Annual report on the working of the mental hospitals in the Madras Presidency - 1912-1932
Year: 1912
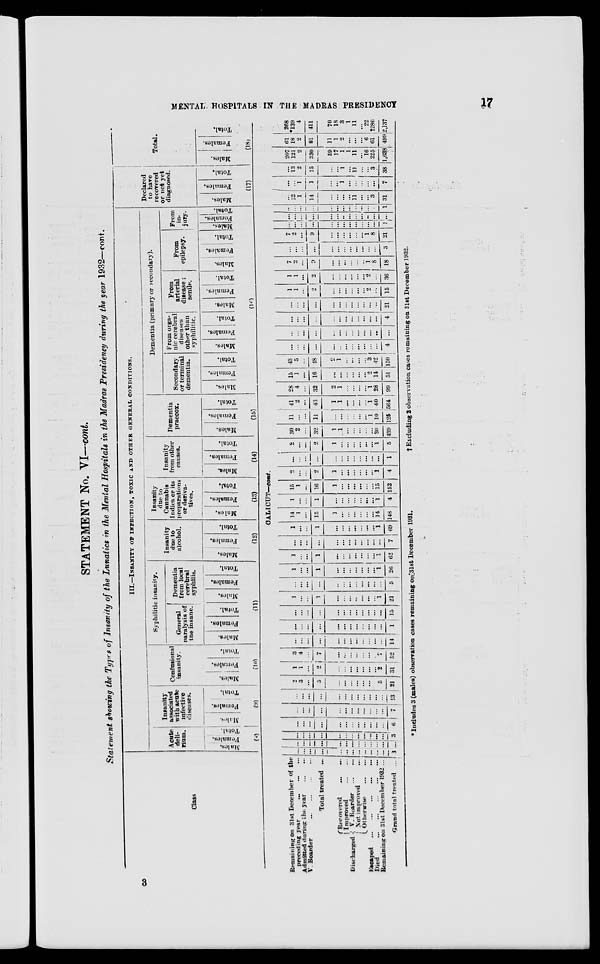
MENTAL HOSPITALS IN THE MADRAS PRESIDENCY
17
STATEMENT No. VI—cont.
Statement showing the Types of Insanity of the Lunatics in the Mental Hospitals in the Madras Presidency during the year 1932—cont.
Class
III.—INSANITY OF INFECTION, TOXIC AND OTHER GENERAL CONDITIONS.
Acute
deli-
rium.
Males.
Females.
Total.
(8)
Insanity
associated
with acute
infective
diseases.
Males.
Females.
Total.
(9)
Confusional
insanity.
Males.
Females.
Total.
(10)
Syphilitic insanity.
General
paralysis of
the insane.
Males.
Females.
Total.
Dementia
from local
cerebral
syphilis.
Males.
Females.
Total.
(11)
Insanity
due to
alcohol.
Males.
Females.
Total.
(12)
Insanity
due to
Cannabis
Indica or its
preparations
or deriva-
tives.
Males.
Females.
Total.
(13)
Insanity
from other-
causes.
Males.
Females.
Total.
(14)
Dementia
praecox.
Males.
Females.
Total.
(15)
Dementia (primary or secondary).
Secondary
or terminal
dementia.
Males.
Females.
Total.
From orga-
nic cerebral
diseases
other than
syphilitic.
Males.
Females.
Total.
From
arterial
disease ;
senile.
Males.
Females.
Total.
From
epilepsy.
Males.
Females.
Total.
From
in-
jury.
Males.
Females.
Total.
(16)
Declared
to have
recovered
or not yet
diagnosed.
Males.
Females.
Total.
(17)
Total.
Males.
Females.
Total.
(18)
CALICUT—cont.
Remaining on 31st December of the
preceding year
...
...
...
Admitted during the year
...
...
V. Boarder
...
...
...
...
Total treated ...
Discharged
Recovered
...
...
Improved
...
...
V. Boarder ... ...
Not improved ...
Otherwise
...
...
Escaped ... ... ... ... ...
Died
...
...
...
...
...
Remaining on 31st December 1932 ...
Grand total treated ...
...
...
...
...
...
...
...
...
...
...
...
...
3
...
...
...
...
...
...
...
...
...
...
...
...
...
...
...
...
...
...
...
...
...
...
...
...
...
3
...
...
...
...
...
...
...
...
...
...
...
...
6
...
...
...
...
...
...
...
...
...
...
...
...
7
...
...
...
...
...
...
...
...
...
...
...
...
13
2
3 ...
5
...
...
...
...
...
...
...
5
21
1
1
...
2
...
...
...
...
...
...
...
2
31
3
4
...
7
...
...
...
...
...
...
...
7
52
...
...
...
...
...
...
...
...
...
...
...
...
14
...
...
...
...
...
...
...
...
...
...
...
...
1
...
...
...
...
...
...
...
...
...
...
...
...
15
1
...
...
1
...
...
...
...
...
...
...
1
21
...
...
...
...
...
...
...
...
...
...
...
...
5
1
...
...
1
...
...
...
...
...
...
...
1
26
1
...
...
1
...
...
...
...
...
...
...
1
62
...
...
...
...
...
...
...
...
...
...
...
...
7
1
...
...
1
...
...
...
...
...
...
...
1
69
14
1
...
15
1
...
...
...
...
...
...
14
148
1
...
...
1
...
...
...
...
...
...
...
1
4
15
1
...
16
1
...
...
...
...
...
...
15
152
2
...
...
2
1
...
...
...
...
...
...
1
4
...
...
...
...
...
...
...
...
...
...
...
...
1
2
...
...
2
1
...
...
...
...
...
...
1
5
30
2
...
32
1
1
...
...
...
...
...
30
439
11
...
...
11
...
...
...
...
...
...
1
10
125
41
2
...
43
1
1
...
...
...
...
1
40
564
28
4
...
32
2
1
...
...
...
...
1
28
99
15
1
...
16
...
...
...
...
...
...
2
14
51
43
5
...
48
2
1
...
...
...
...
3
42
150
...
...
...
...
...
...
...
...
...
...
...
...
4
...
...
...
...
...
...
...
...
...
...
...
...
...
...
...
...
...
...
...
...
...
...
...
...
...
4
...
...
...
...
...
...
...
...
...
...
...
21
1
1
...
2
...
...
...
...
...
...
2
...
15
1
1
...
2
...
...
...
...
...
...
2
...
36
7
2
...
9
...
...
...
...
...
...
1
8
18
...
...
...
...
...
...
...
...
...
...
...
...
3
7
2
...
9
...
....
...
...
...
...
1
8
21
...
...
...
...
...
...
...
...
...
...
...
...
1
...
...
...
...
...
...
..
...
...
...
..
...
...
...
...
...
...
...
...
...
...
...
...
...
...
1
...
13
1
14
...
...
...
...
11
...
...
3
31
...
...
1
1
...
...
1
...
...
...
...
...
7
...
13
2
15
...
...
1
...
11
...
...
3
38
207
121
2
330
59
17
1
1
11
...
16
225
1,638
61
18
2
81
11
1
2
...
...
...
6
61
499
268
*139
4
411
70
18
3
1
11
...
22
†286
2,137
*Includes 3 (males) observation cases remaining on 31st December 1931.
†Excluding
2 observation cases remaining on 31st December 1932.
3